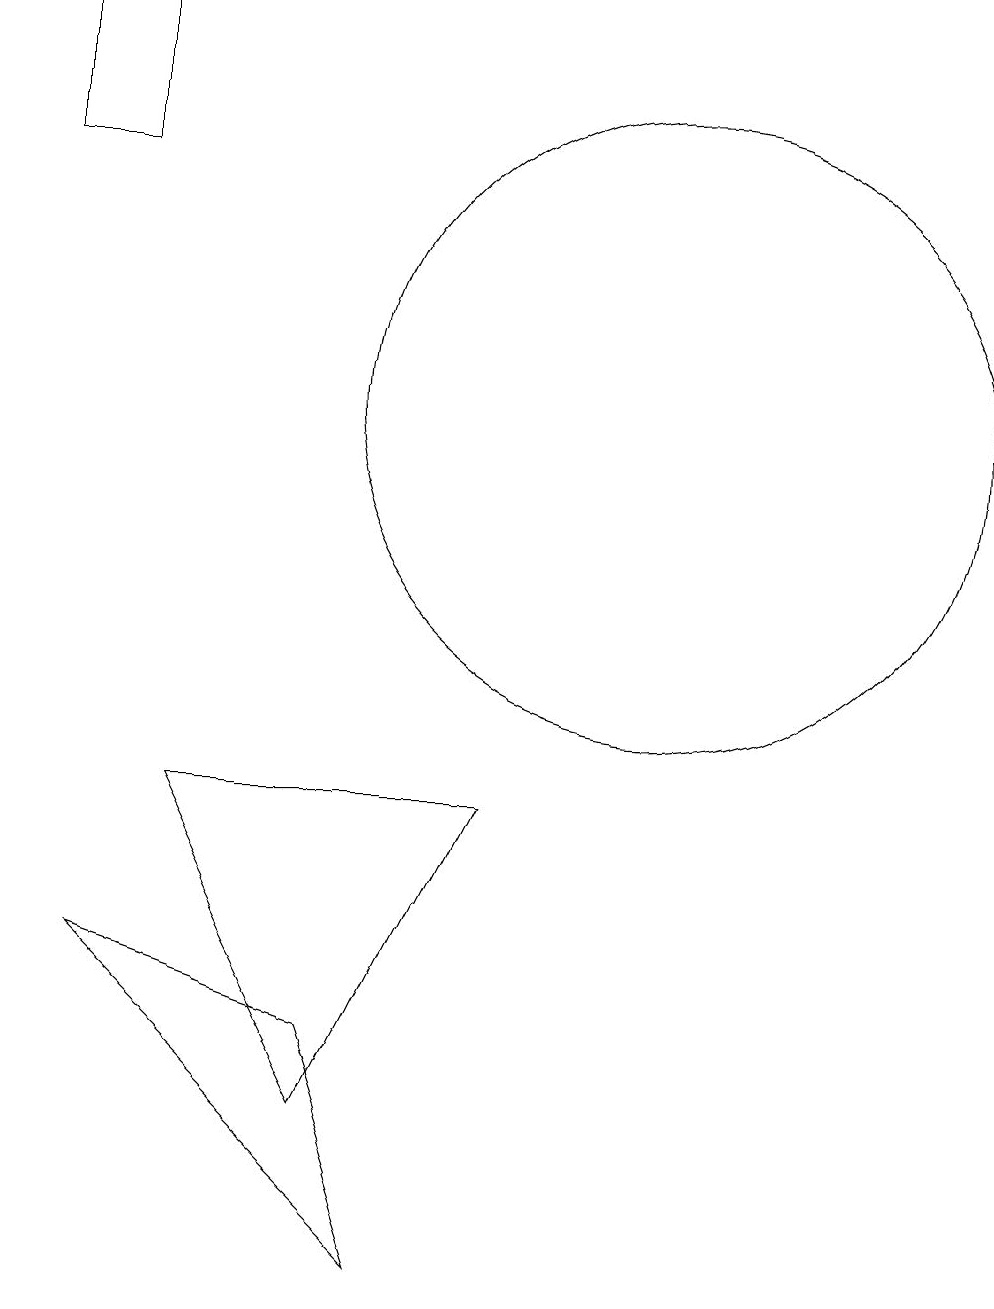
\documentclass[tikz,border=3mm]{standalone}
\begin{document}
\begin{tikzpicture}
\draw (11,12) circle (4);
\draw (7,3) -- (9,7) -- (5,7) -- cycle;
\draw (4,17) rectangle (3,15);
\draw (7,4) -- (8,1) -- (4,5) -- cycle;
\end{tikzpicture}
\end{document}